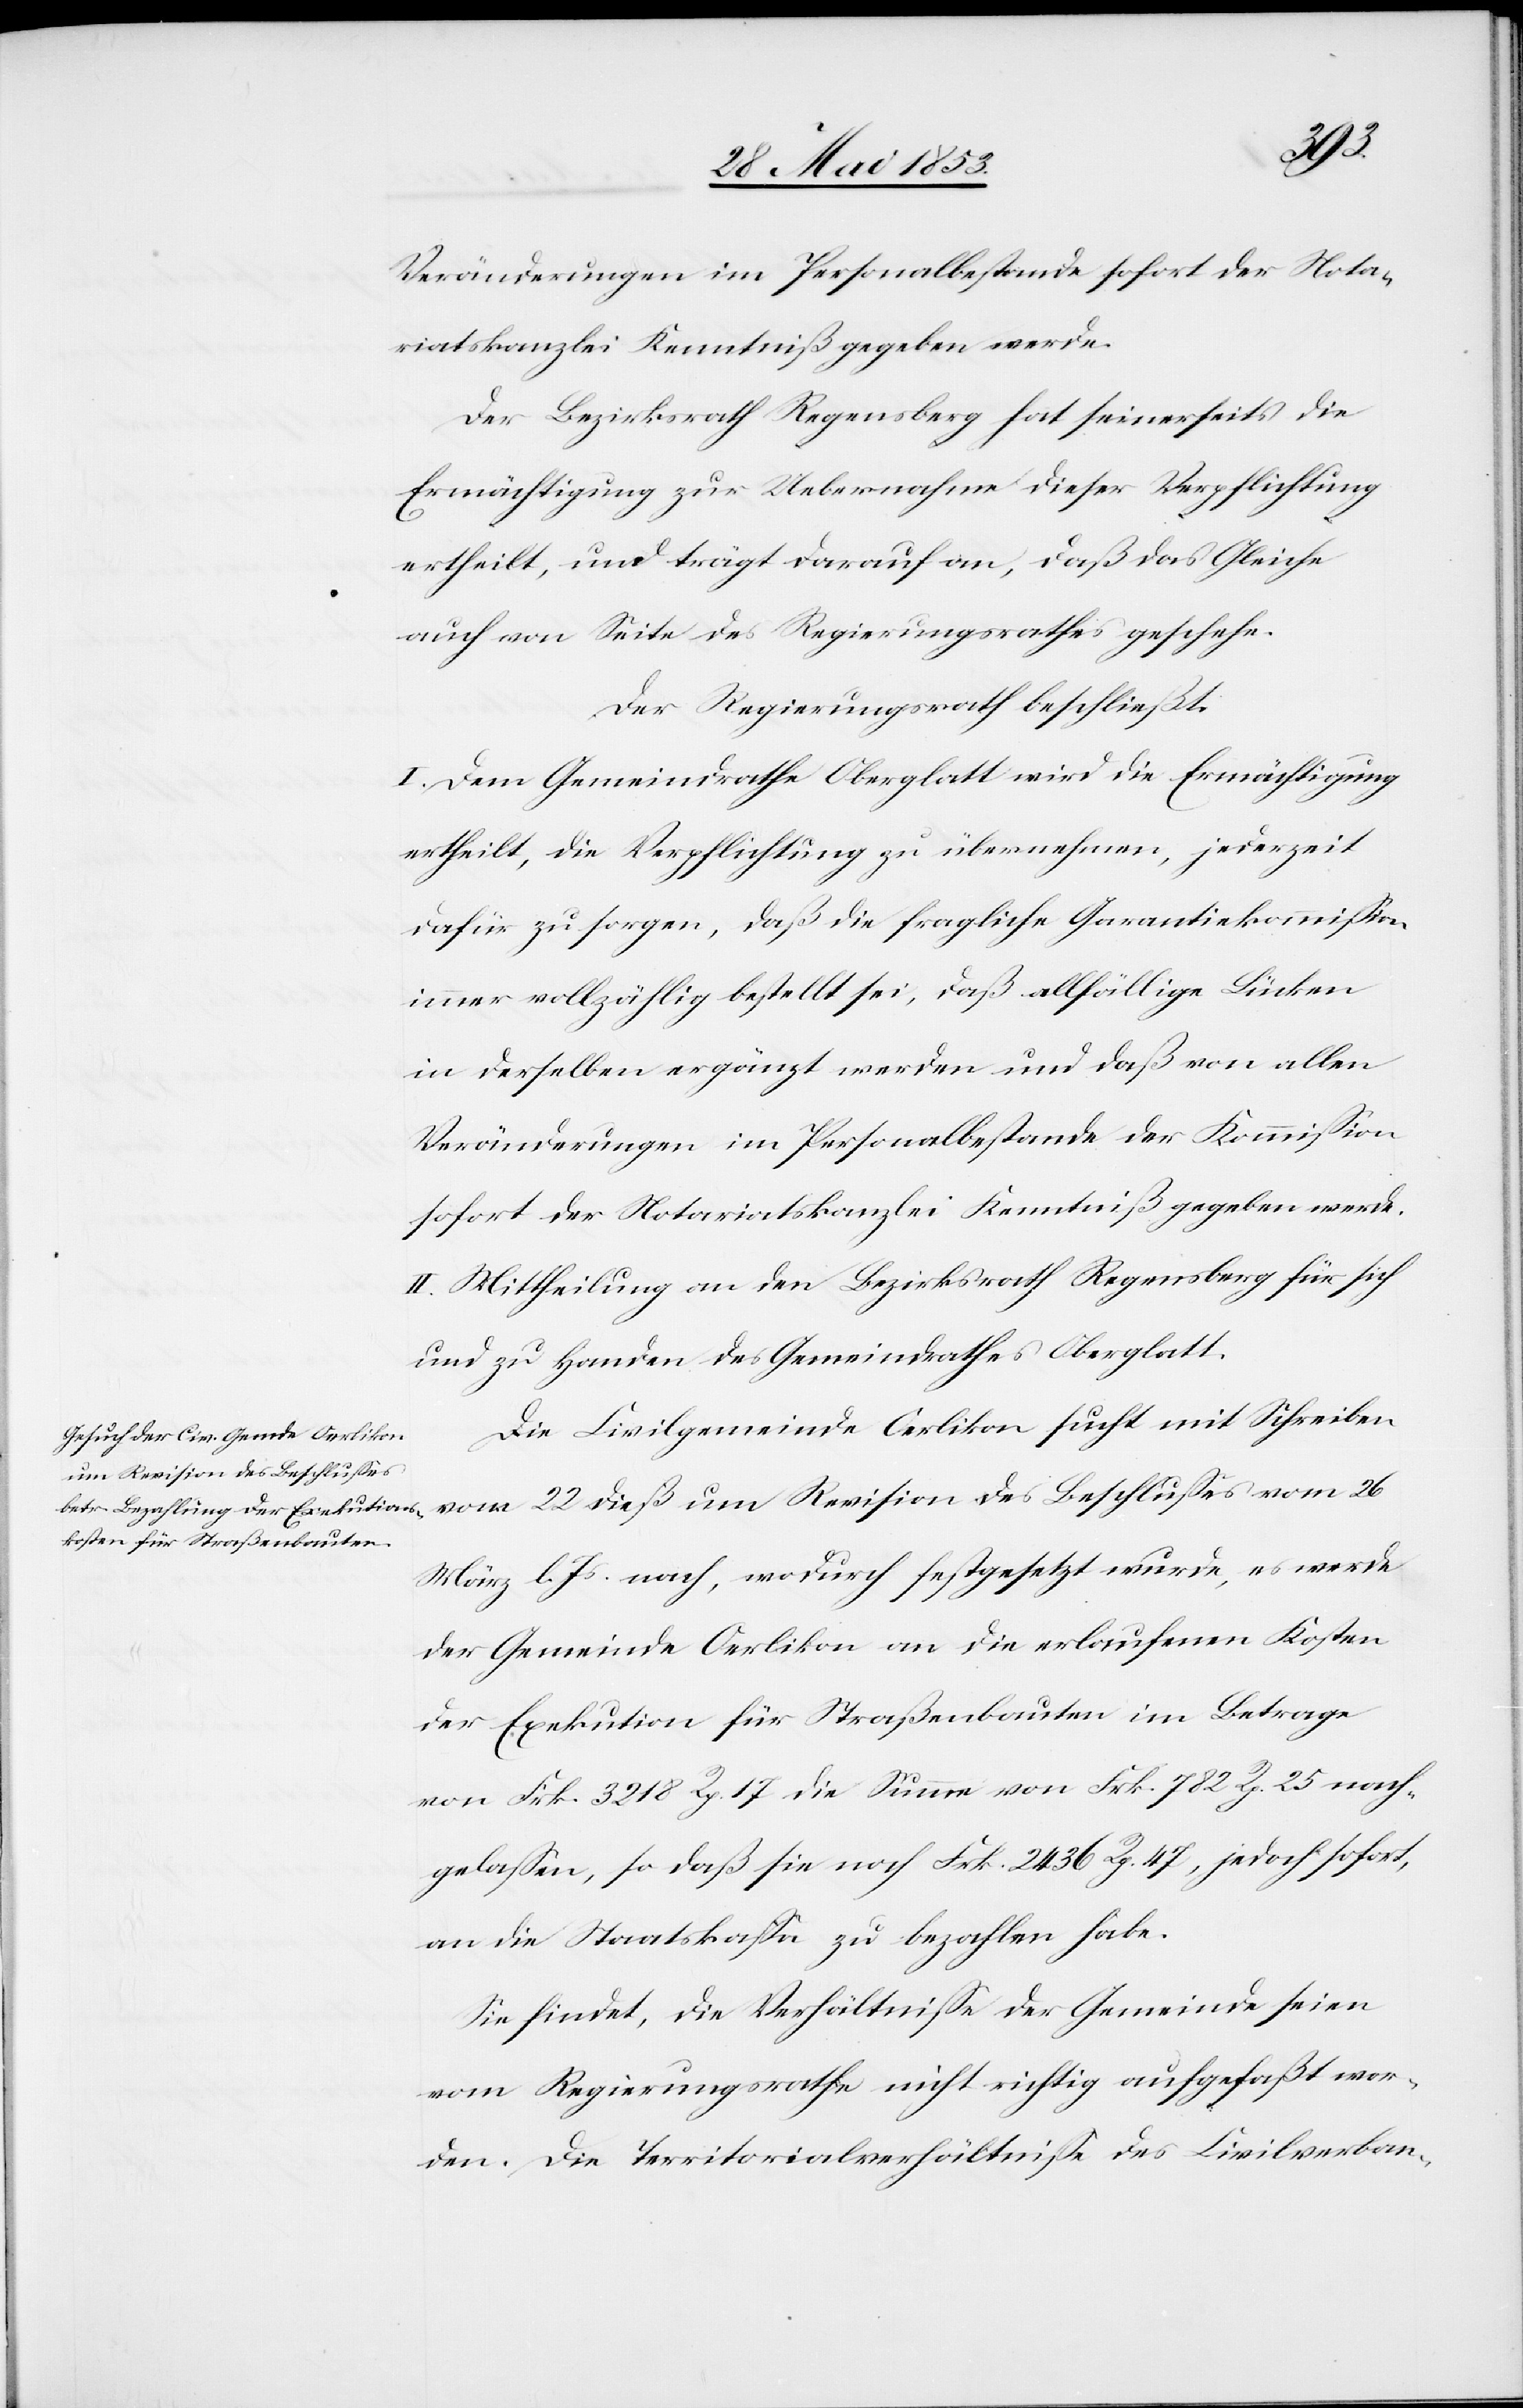
22
Veränderungen im Personalbestande sofort der Nota¬
riatskanzlei Kenntniß gegeben werde.
Der Bezirksrath Regensberg hat seinerseits die
Ermächtigung zur Uebernahme dieser Verpflichtung
ertheilt, und trägt darauf an, daß das Gleiche
auch an Seite des Regierungsrathes geschehe.
Der Regierungsrath beschließt:
I. Dem Gemeindrathe Oberglatt wird die Ermächtigung
ertheilt, die Verpflichtung zu übernehmen, jederzeit
dafür zu sorgen, daß die fragliche Garantiekommißion
immer vollzählig bestellt sei, daß allfällige Lücken
in derselben ergänzt werden und daß von allen
Veränderungen im Personalbestande der Kommißion
sofort der Notariatskanzlei Kenntniß gegeben werde.
II. Mittheilung an den Bezirksrath Regensberg für sich
und zu Handen des Gemeindrathes Oberglatt.
Die Civilgemeinde Oerlikon sucht mit Schreiben
um Revision des Beschlußes
März l. Js. nach, wodurch festgesetzt wurde, es werde
der Gemeinde Oerlikon an die erlaufenen Kosten
der Exekution für Straßenbauten im Betrage
von Frk. 3218 Rp. 17 die Summe von Frk. 782 Rp. 25 nach¬
gelaßen, so daß sie noch Frk. 2436 Rp. 47, jedoch sofort,
an die Staatskaßa zu bezahlen habe.
Sie findet, die Verhältniße der Gemeinde seien
vom Regierungsrathe nicht richtig aufgefaßt wor¬
den. Die Territorialverhältniße des Civilverban-